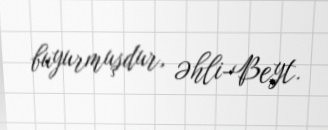
buyurmuşdur, Əhli-Beyt.